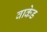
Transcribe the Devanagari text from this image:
वाकेड